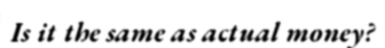
Is it the same as actual money?